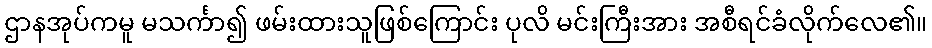
ဌာနအုပ်ကမူ မသင်္ကာ၍ ဖမ်းထားသူဖြစ်ကြောင်း ပုလိ မင်းကြီးအား အစီရင်ခံလိုက်လေ၏။